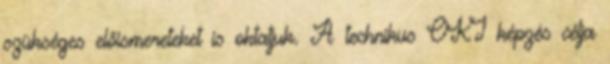
szükséges előismereteket is oktatjuk. A technikus OKJ képzés célja